Annual administration report of the Bombay Presidency - 1887-1892
Year: 1887
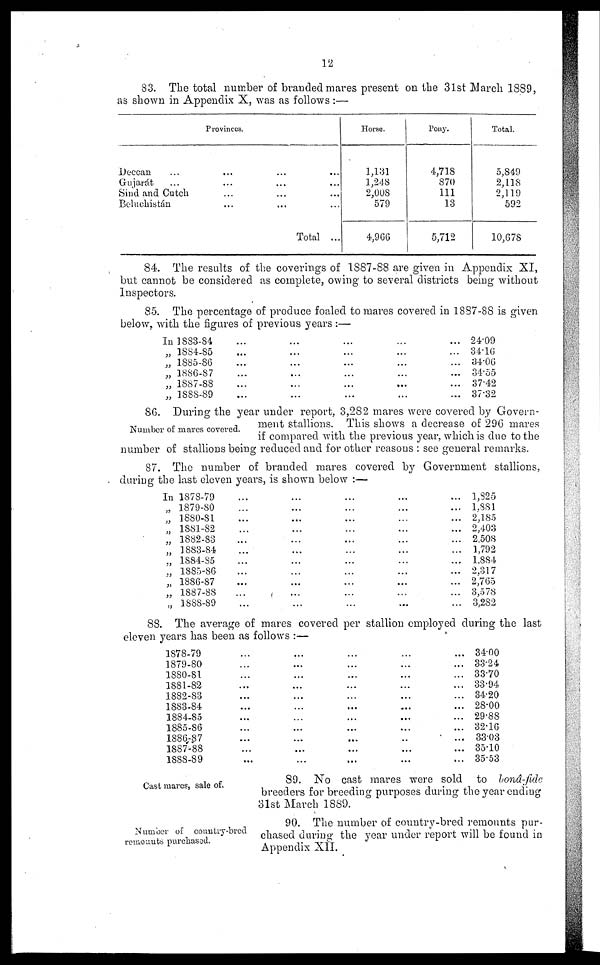
12
83. The total number of branded mares present on the 31st March 1889,
as shown in Appendix X, was as follows :—
Provinces
Deccan ... ... ... ...
Gujarát
...
...
...
...
Sind and Cutch
...
...
...
Beluchistán
...
...
...
Total ...
Horse.
1,131
1,248
2,008
579
4,966
Pony.
4,718
870
111
13
5,712
Total.
5,849
2,118
2,119
592
10,678
84. The results of the coverings of 1887-88 are given in Appendix XI,
but cannot be considered as complete, owing to several districts being without
Inspectors.
85. The percentage of produce foaled to mares covered in 1887-88 is given
below, with the figures of previous years :—
In 1883-84
„ 1884-85
„ 1885-86
„ 1886-87
„ 1887-88
„ 1888-89
...
...
...
...
...
...
...
...
...
...
...
...
...
...
...
...
...
...
...
...
...
...
...
...
...
...
...
...
...
...
24.09
34. 16
34.06
34.55
37.42
37.32
Number of marcs covered.
86. During the year under report, 3,282 mares were covered by Govern-
ment stallions. This shows a decrease of 296 mares
if compared with the previous year, which is due to the
number of stallions being reduced and for other reasons : see general remarks.
87. The number of branded mares covered by Government stallions,
during the last eleven years, is shown below :—
In 1878-79
„ 1879-80
„ 1880-81
„ 1881-82
„ 1882-83
„ 1883-84
„ 1884-85
„ 1885-86
„ 1886-87
„ 1887-88
„ 1888-89
...
...
...
...
...
...
...
...
...
...
...
...
...
...
...
...
...
...
...
...
...
...
...
...
...
...
...
...
...
...
...
...
...
...
...
...
...
...
...
...
...
...
...
...
...
...
...
...
...
...
...
...
...
...
1,825
1,881
2,185
2,403
2,508
1,792
1,884
2,317
2,765
3,578
3,282
88. The average of mares covered per stallion employed during the last
eleven years has been as follows :—
1878-79
1879-80
1880-81
1881-82
1882-83
1883-84
1884-85
1885-86
1886-87
1887-88
1888-89
...
...
...
...
...
...
...
...
...
...
...
...
...
...
...
...
...
...
...
...
...
...
...
...
...
...
...
...
...
...
...
...
...
...
...
...
...
...
...
...
...
..
...
...
...
...
...
...
...
...
...
...
...
...
...
34.00
33.24
33.70
33.94
34.20
28.00
29.88
32.16
33.03
35.10
35.53
Cast mares, sale of.
89. No cast mares were sold to bonâ-fide
breeders for breeding purposes during the year ending
31st March 1889.
Number of country-bred
remounts purchased.
90. The number of country-bred remounts pur-
chased during the year under report will be found in
Appendix XII.